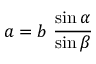
a = b \ { \frac { \sin \alpha } { \sin \beta } }